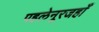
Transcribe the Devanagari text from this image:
पहलेनूरजहाँ